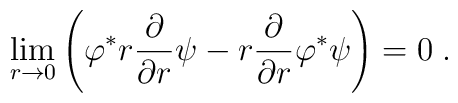
\lim_{r\to 0} \left(\varphi ^\ast r{\partial \over\partial r} \psi - r{\partial \over \partial r}\varphi ^\ast \psi \right)=0 \; .